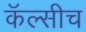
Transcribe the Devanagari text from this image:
कॅल्सीच